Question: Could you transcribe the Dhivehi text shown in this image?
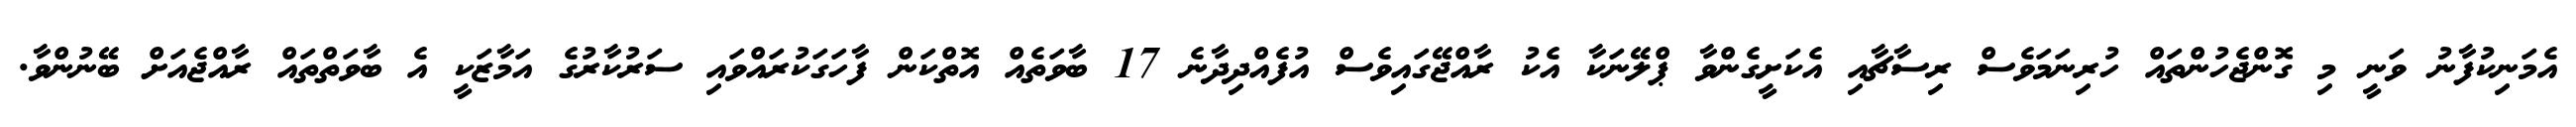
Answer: އެމަނިކުފާނު ވަނީ މި ގޮންޖެހުންތައް ހުރިނަމަވެސް ރިސާޗާއި އެކަށީގެންވާ ޕްލޭނަކާ އެކު ރާއްޖޭގައިވެސް އުފެއްދިދާނެ 17 ބާވަތެއް އޮތްކަން ފާހަގަކުރައްވައި ސަރުކާރުގެ އަމާޒަކީ އެ ބާވަތްތައް ރާއްޖެއަށް ބޭނުންވާ.